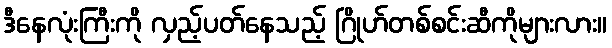
ဒီနေလုံးကြီးကို လှည့်ပတ်နေသည့် ဂြိုဟ်တစ်စင်းဆီကိုများလား။